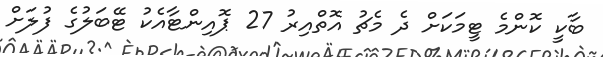
ބާކީ ކޮންމެ ޓީމަކަށް ދެ މެޗު އޮތްއިރު 27 ޕޮއިންޓާއެކު ޓޭބަލުގެ ފުލަށް